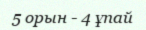
5 орын - 4 ұпай